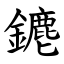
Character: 䥝